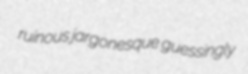
ruinous jargonesque guessingly